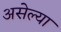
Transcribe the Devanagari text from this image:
असेल्या